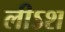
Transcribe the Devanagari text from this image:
लीऽश